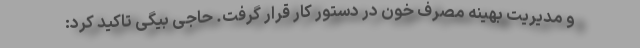
و مدیریت بهینه مصرف خون در دستور کار قرار گرفت. حاجی بیگی تاکید کرد: